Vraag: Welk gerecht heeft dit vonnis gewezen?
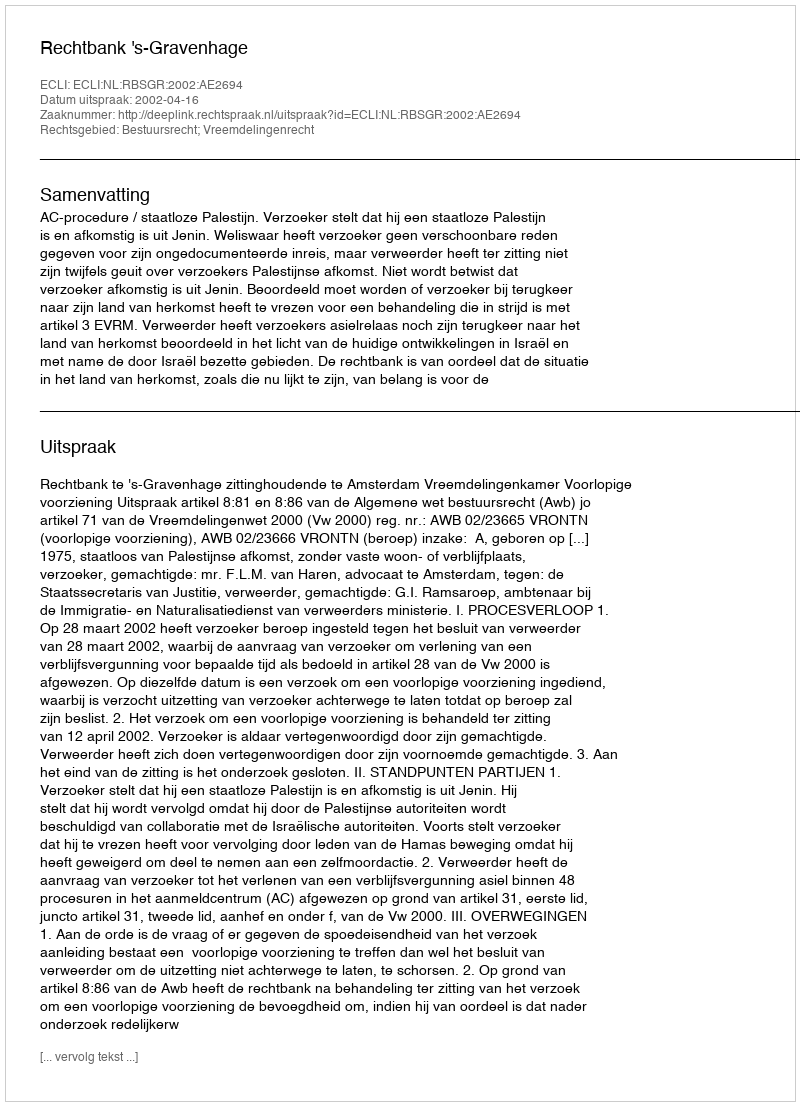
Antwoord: Rechtbank 's-Gravenhage